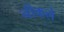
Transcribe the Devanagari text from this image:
नीकले